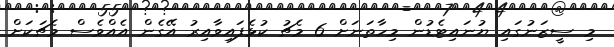
މި ސީޒަނުގައި ޔުނައިޓެޑުން މިހާތަނަށް 6 މެޗު ކުޅެފައިވާއިރު އޭގެން އެއްވެސް މެޗަކަށް